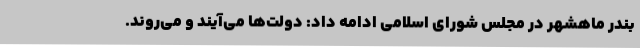
بندر ماهشهر در مجلس شورای اسلامی ادامه داد: دولت‌ها می‌آیند و می‌روند.